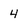
Character: 4